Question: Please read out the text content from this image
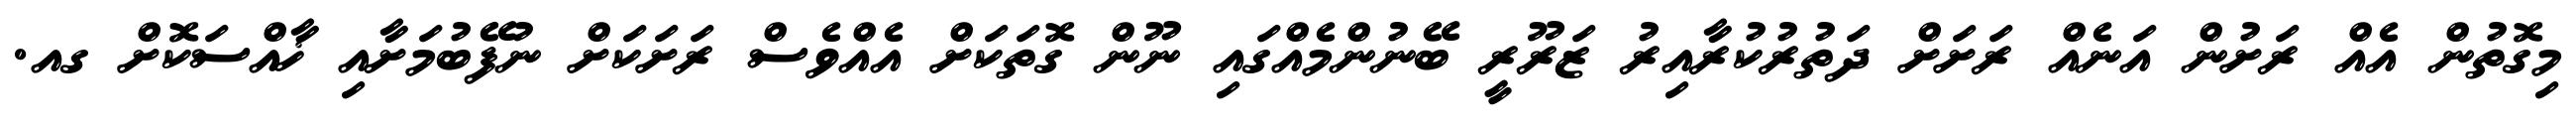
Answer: މިގޮތުން އެއް ރަށުން އަނެއް ރަށަށް ދަތުރުކުރާއިރު ޒަރޫރީ ބޭނުންމެއްގައި ނޫން ގޮތަކަށް އެއްވެސް ރަށަކަށް ނުފޭބުމަށާއި ޚާއްސަކޮށް ގއ.